King Institute of Preventive Medicine Micro-Biological Section reports 1912-19
Year: 1912
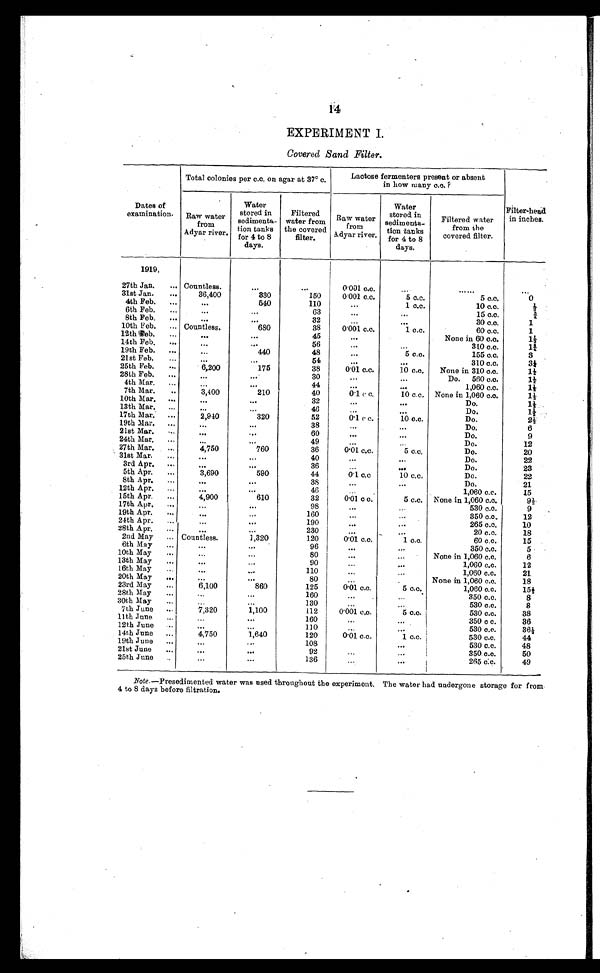
14
EXPERIMENT I.
Covered Sand Filter.
Dates of
examination.
Total colonies per c.c. on agar at 37° c.
Lactose fermenters present or absent
in how many c.c. ?
Filter-head
in inches.
Raw water
from
Adyar river.
Water
stored in
sedimenta-
tion tanks
for 4 to 8
days.
Filtered
water from
the covered
filter.
Raw water
from
Adyar river.
Water
stored in
sedimenta-
tion tanks
for 4 to 8
days.
Filtered water
from the
covered filter.
1919.
27th Jan.
... Countless.
...
...
0.001 c.c.
...
. . . . . .
. . .
31st Jan.
. . .
36,400
330
150
0.001 c.c.
5 c.c.
5 c.c.
0
4th Feb. . . .
. . .
540
110
. . .
1 c.c.
10 c.c.
1 / 2
6th Feb.
...
...
...
63
...
...
15 c.c.
3 / 4
8th Feb.
...
. . .
...
32
...
30 c.c.
1
10th Feb.
... Countless.
680
38
0.001 c.c.
1 c.c.
60 c.c.
1
12th Feb.
...
. . .
...
45
. . .
None in 60 c.c.
11/2
14th Feb.
. . .
..
56
...
...
310 c.c.
1 3 / 4
19th Feb.
...
...
440
48
...
5 c.c.
155 c.c.
3
21st Feb.
...
...
. . .
54
...
...
310 c.c.
31/4
25th Feb.
...
6,200
175
38
0.01 c.c.
10 c.c.
None in 310 c.c.
11/2
28th Feb.
...
...
. . .
30
...
...
Do.
560 c.c.
11/2
4th Mar.
..
. . .
. . .
44
...
. . .
1,060 c.c.
11/2
7th Mar.
..
3,400
210
40
0.1 c c.
10 c.c. None in 1,060 c.c.
11/2
10th Mar.
...
...
. . .
32
...
. . .
Do.
11/2
13th Mar.
...
...
...
46
...
...
Do.
1 1 / 2
17th Mar.
...
2,940
320
52
0.1 c c.
10 c.c.
Do.
21/2
19th Mar.
...
. . .
. . .
38
...
...
Do.
6
21st Mar.
...
...
. . .
60
. . .
...
Do.
9
24th Mar.
...
...
...
49
...
Do.
12
27th Mar.
...
4,750
760
36
0.01 c.c.
5 c.c.
Do.
20
31st Mar.
. . .
...
. . .
40
...
. . .
Do.
22
3rd Apr.
...
. . .
...
36
...
...
Do.
23
5th Apr.
...
3,690
590
44
0.1 c.c
10 c.c.
Do.
22
8th Apr.
...
. . .
. . .
38
...
...
Do.
21
12th Apr.
. . .
. . .
. . .
46
. . .
1,060 c.c.
15
15th Apr. . . .
4,900
610
32
0.01 c.c.
5 c.c.
None in 1,060 c.c.
91/2
17th Apr.
..
. . .
...
98
...
...
530 c.c.
9
19th Apr.
...
...
...
160
...
350 c.c.
12
24th Apr.
...
. . .
190
...
...
265 c.c.
10
28th Apr. . . .
. . .
...
230
...
_
...
20 c.c.
18
2nd May
... Countless.
1,320
120
0.01 c.c.
1 c.c.
60 c.c.
15
6th May
..
. . .
...
96
...
...
350 c.c.
5
10th May
..
. . .
...
80
...
...
None in 1,060 c.c.
6
13th May
...
. . .
...
90
. . .
1,060 c.c.
12
16th May
...
. . .
...
110
...
...
1,060 c.c..
21
20th May
...
. . .
...
80
...
None in 1,060 c.c.
18
23rd May
...
6,100
860
125
0.01 c.c.
5 c.c.
1,060 c.c.
151/2
28th May
...
...
...
160
...
...
350 c.c.
8
30th May
...
...
...
130
...
...
530 c.c.
8
7th June
...
7,320
1,100
112
0.001 c.o.
5 c.c.
530 c.c.
38
11th June
...
...
...
160
...
...
350 c c.
36
12th June
...
. . .
...
110
...
. . .
530 c.c.
361/2
14th June
...
4,750
1,640
120
0.01 c.c.
1 c.c.
530 c.c.
44
19th June
...
...
...
108
...
530 c.c.
48
21st June
...
. . .
. . .
92
...
350 c.c.
50
25th June
. . .
. . .
...
136
...
265 c.c.
49
Note .—Presedimented water was used throughout the experiment. The water had undergone storage for from
4 to 8 days before filtration.